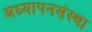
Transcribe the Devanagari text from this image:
अध्यापनसंस्था